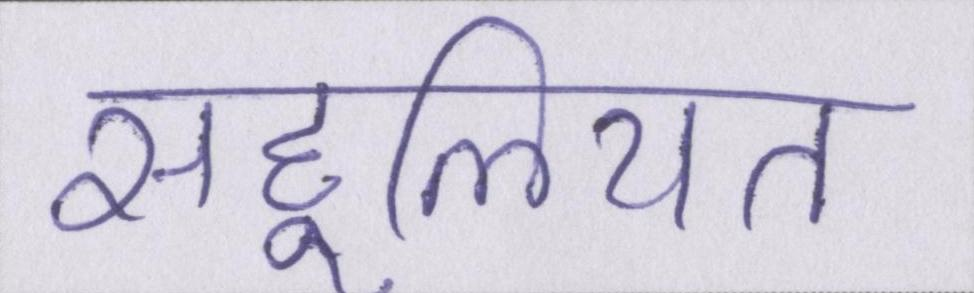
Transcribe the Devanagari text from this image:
सहूलियत